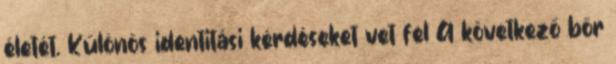
életét. Különös identitási kérdéseket vet fel A következő bőr